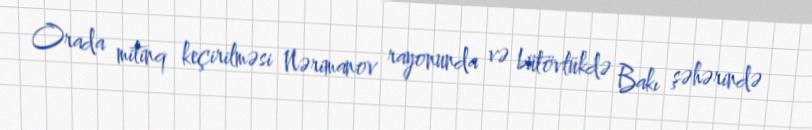
Orada mitinq keçirilməsi Nərimanov rayonunda və bütövlükdə Bakı şəhərində